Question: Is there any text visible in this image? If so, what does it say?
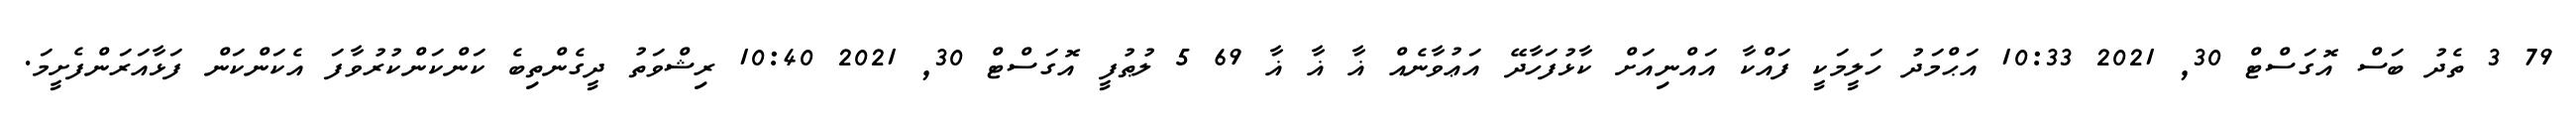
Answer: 79 3 ތެދު ބަސް އޮގަސްޓް 30, 2021 10:33 އަޙްމަދު ހަލީމަކީ ފައްކާ އައްނިއަށް ކާޅުފަހާދޭ އަޢުވާނެއް ޣާ ޣާ ޣާ 69 5 ލުޠުފީ އޮގަސްޓް 30, 2021 10:40 ރިޝްވަތު ދީގެންތިބެ ކަންކަންކުރުވާފަ އެކަންކަން ފަޅާއަރަންފެށީމަ.